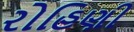
રોહિણી